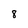
Character: 8